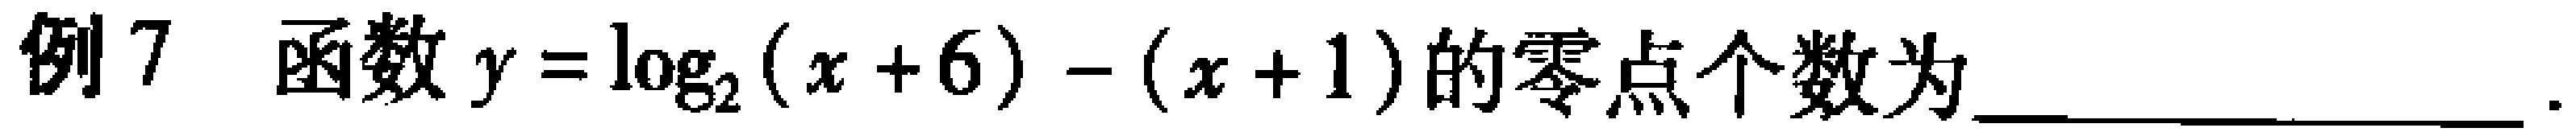
例7 函数\(y = \log_{2}(x + 6) - (x + 1)\)的零点个数为_________________.